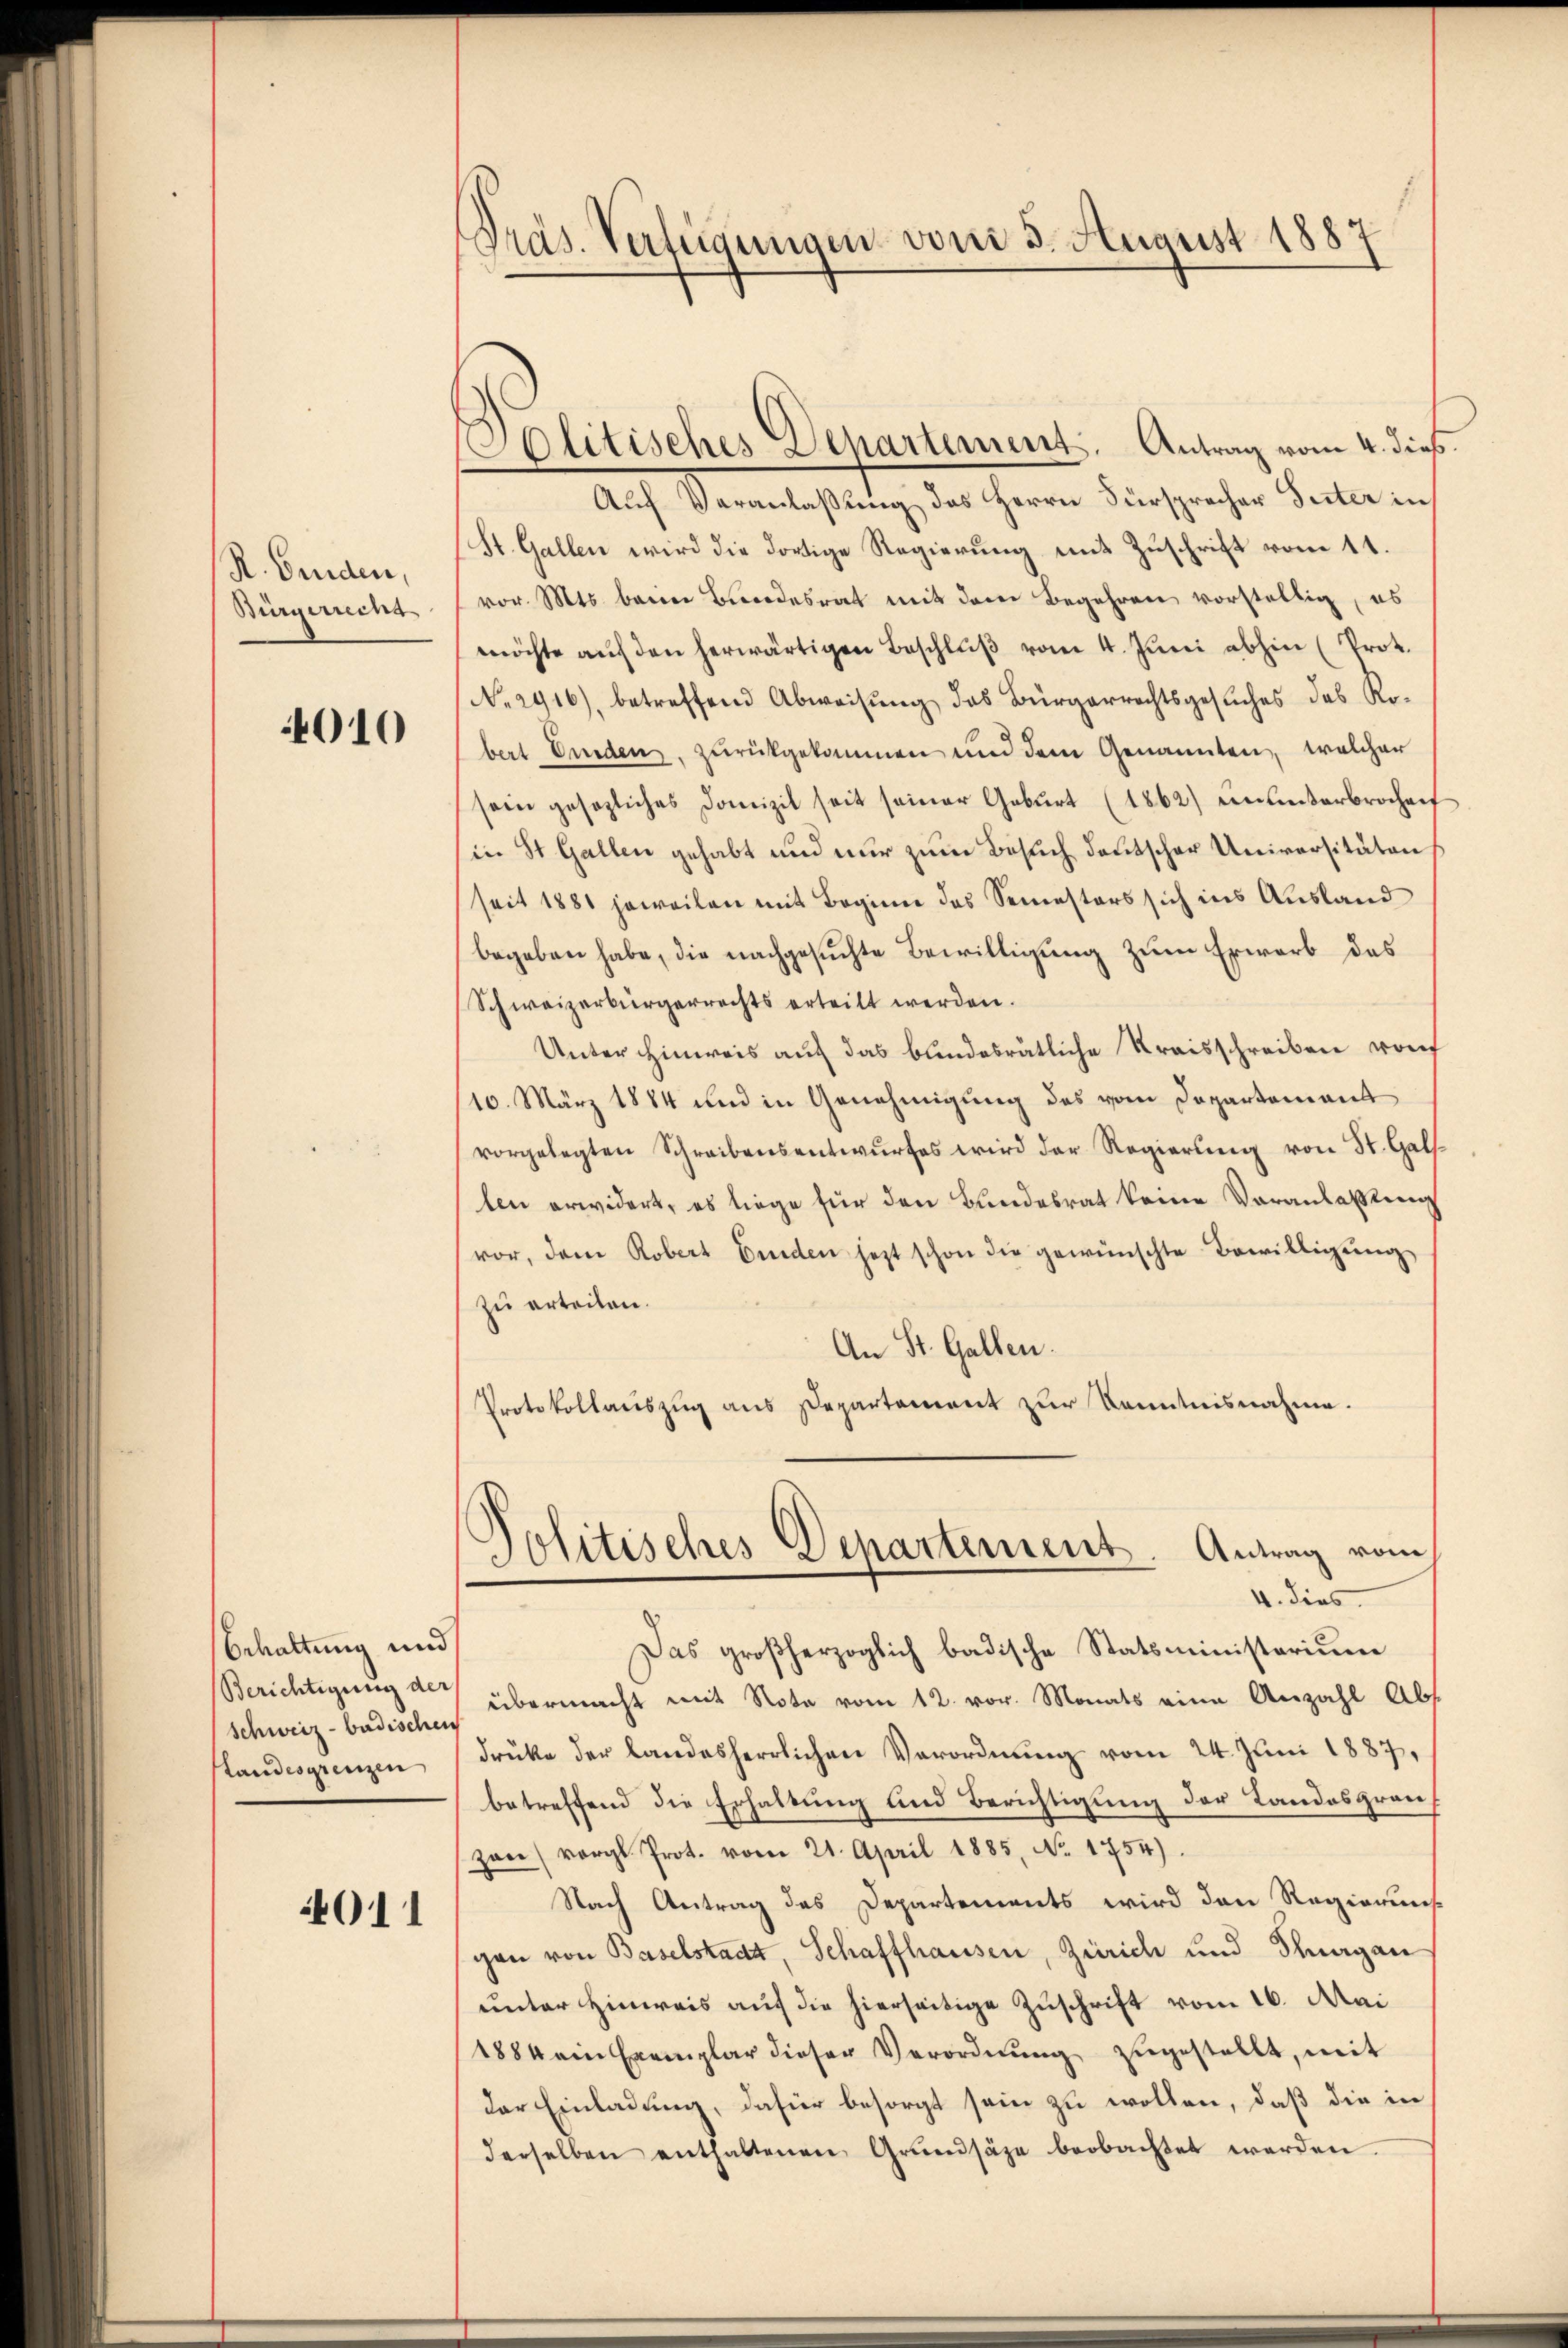
R. Binden,
Bürgerrecht

010

Sehaltung und
Schweiz - badischen
Landesgrenzen

4011

Pras. Verfeigungen von 3. August 1887

Solitisches Departement. Antrag vom 4. dieß.
Auf Veranlaßung des Herrn Fürsprecher Seiter in
St. Gallen wird die dortige Regierung mit Zuschrift vom 11.
vor. Mts. beim Bundesrat mit dem Begehren vorstellig, es
möchte aŭf den herwärtigen Beschlŭβ vom 4. Jŭni abhin (Prot.
No. 2916), betreffend Abweisung das Bürgerrechtsgesuches das Robert Emden, zurückgekommen und dem Genannten, welcher
sein gesezliches Domizil seit seiner Gebŭrt (1862) einlinterbrochen
in St. Gallen gehabt und nur zum Besuch deutscher Universitätens
seit 1881 jeweilen mit Beginn das Semesters sich ins Ausland
begeben habe, die nachgesuchte Bewilligung zum Erwarb des
Schweizerbürgerrechts erteilt werden.
Unter hinweis auf das bundesrätliche Kreisschreiben von
10. März 1884 und in Genehmigung des vom Departement
vorgelegten Schreibensentwurfes wird der Regierung von St. Gallen erwidert, es liege für den Bundesrat keine Voranlassung
vor, dem Robert binden jezt schon die gewünschte Bewilligung
zu erteilen.
An St. Gallen.
Protokollauszug aus Departement zur Kenntnisnahme.
Politisches Departement. Antrag vom
4. dies
Das großherzoglich badische Statsministerium
Berichtigung a) übermacht mit Note vom 12. vor. Monats eine Anzahl Abs
drüke der landesherrlichen Verordnung vom 24. Juni 1887,
betreffend die Erhaltung und Berichtigung der Landesgrauf
zwei vergl. Prot. vom 21. April 1885, No. 1754).
Nach Antrag des Departements wird den Regierung
gen von Baselstadt, Schaffhausen, Zürich und Schnagan
unter Hinweis auf die hierseitige Zuschrift vom 16. Mai
1884 ein Exemplar dieser Verordnŭng zŭgestellt, mit
der Einladung, dafür besorgt sein zu wollen, daß die in
derselben enthaltenen Grŭndsäze beobachtet werden.